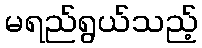
မရည်ရွယ်သည့်